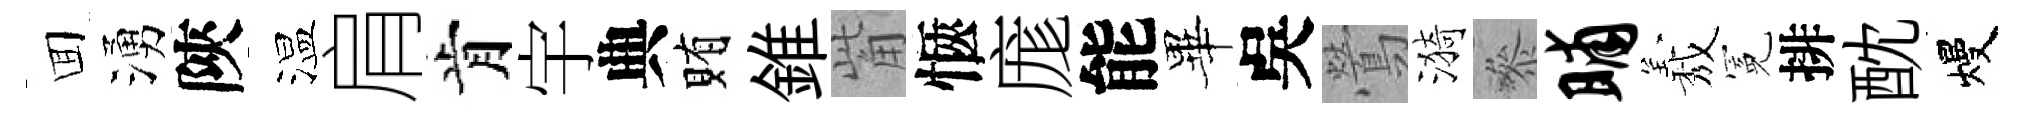
囬湧陝温肩肯宇典賄錐觜愜庬能畢吳鶯漪叅晡𦏁冕排酖熳